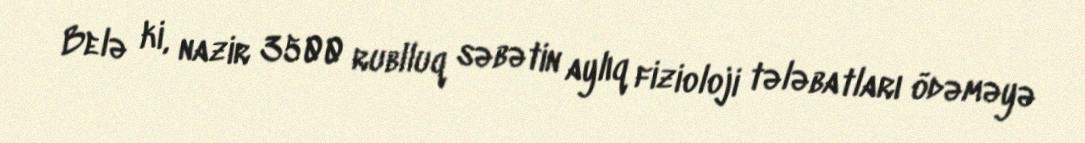
Belə ki, nazir 3500 rublluq səbətin aylıq fizioloji tələbatları ödəməyə